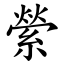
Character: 縈